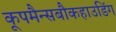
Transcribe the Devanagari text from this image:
कूपमैन्सबौकहाउडिंग